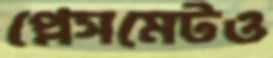
প্লেসমেটও